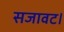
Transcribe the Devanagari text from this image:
सजावट।